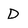
Character: D